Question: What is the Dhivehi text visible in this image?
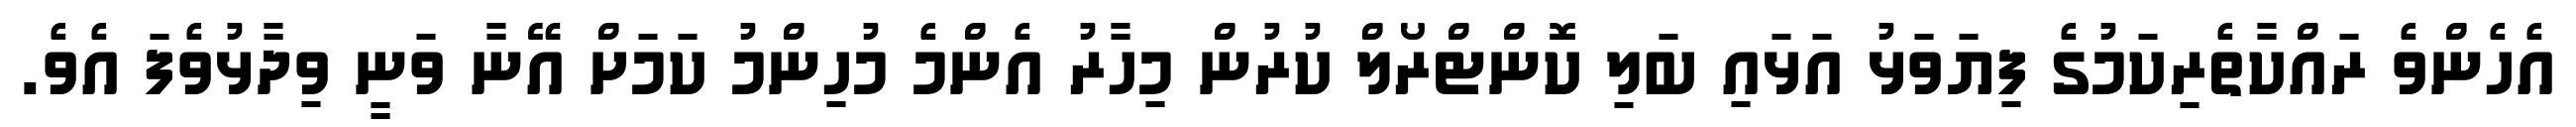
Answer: އެހެންވެ ރައްކާތެރިކަމުގެ ފިޔަވަޅު އަޅައި ބަލި ކޮންޓްރޯލް ކުރުން މިހާރު އެންމެ މުހިންމު ކަމަށް އޭނާ ވަނީ ވިދާޅުވެފަ އެވެ.